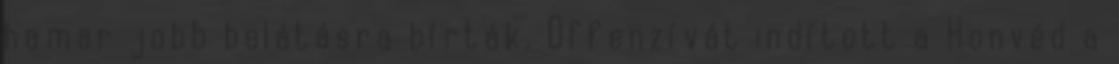
hamar jobb belátásra bírták. Offenzívát indított a Honvéd a